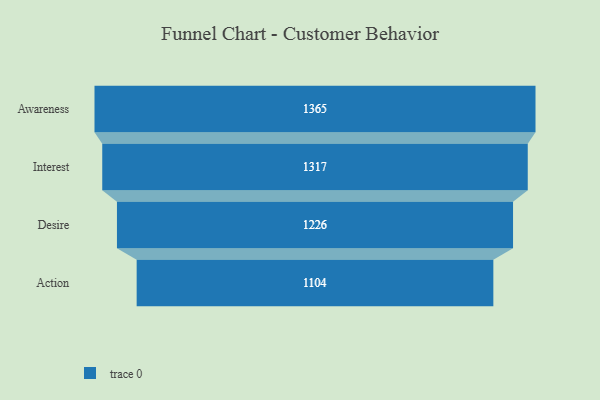
{"axis": {"x": "Stage", "y": "Value"}, "legend": [""], "data": [{"x": "Awareness", "y": 1365.0, "type": ""}, {"x": "Interest", "y": 1317.0, "type": ""}, {"x": "Desire", "y": 1226.0, "type": ""}, {"x": "Action", "y": 1104.0, "type": ""}]}